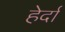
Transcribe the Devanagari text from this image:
हेर्दा